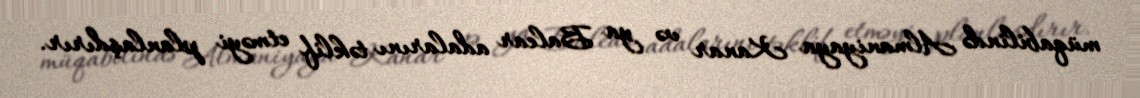
müqabilində Almaniyaya Kanar və ya Balear adalarını təklif etməyi planlaşdırır.